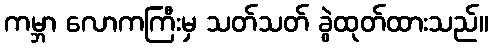
ကမ္ဘာ လောကကြီးမှ သတ်သတ် ခွဲထုတ်ထားသည်။